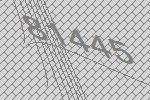
81445